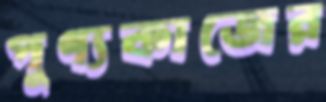
পুণ্যকাজের